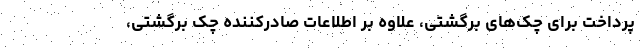
پرداخت برای چک‌های برگشتی، علاوه بر اطلاعات صادرکننده چک برگشتی،